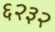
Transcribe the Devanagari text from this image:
६२३२